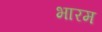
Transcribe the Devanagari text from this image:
भारम